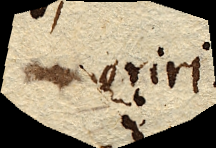
oriri